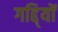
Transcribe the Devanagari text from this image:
गद्दि्यों